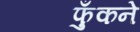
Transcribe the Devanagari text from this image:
फुँकने